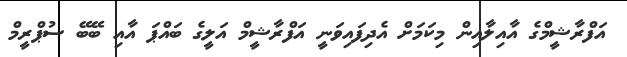
އަފްރާޝީމްގެ އާއިލާއިން މިކަމަށް އެދިފައިވަނީ އަފްރާޝީމް އަލީގެ ބައްޕަ އާއި ބޭބޭ ސުޕްރީމް